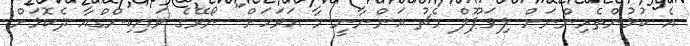
އެ ކުޅުންތެރިންނަށް ލިވަޕޫލް މެޗު އަންނާނީ މާ އަވަހަށް" ނޯވޭގެ ވައިކިންގްއާ ދެކޮޅަށް